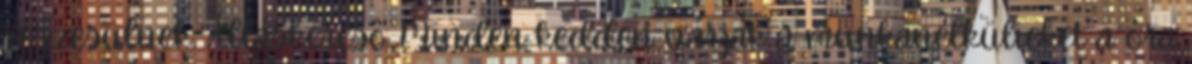
részesülnek. Álláskeresô Minden kedden várják a munkanélkülieket a óra